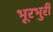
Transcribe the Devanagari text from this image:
भूरभुरी